Vaccination in Bombay 1924-1928 - 1924-1928
Year: 1924
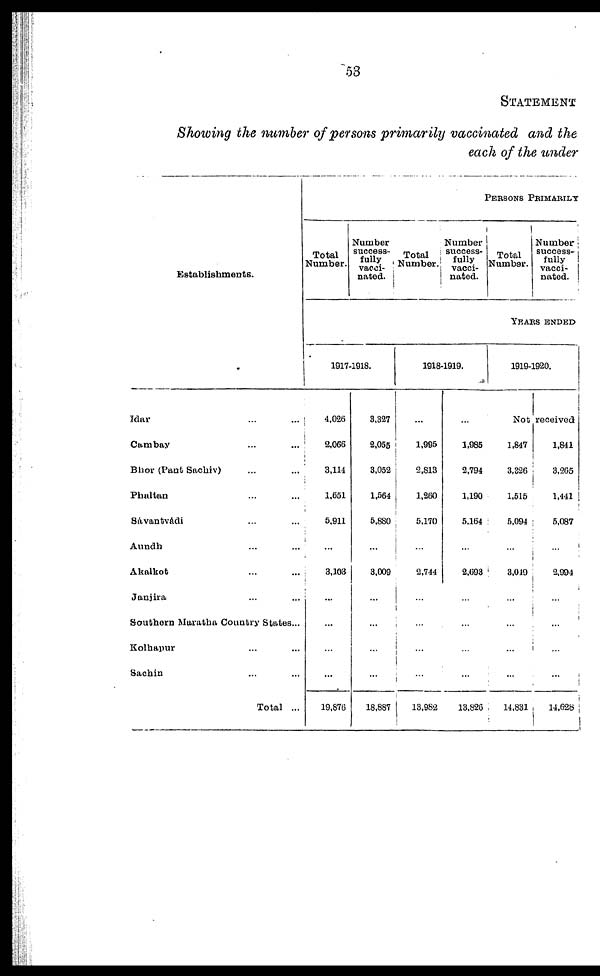
53
STATEMENT
Showing the number of persons primarily vaccinated and the
each of the under
Establishments.
Idar ... ...
Cambay ... ...
Bhor (Pant Sachiv) ... ...
Phaltan ... ...
Sávantvádi ... ...
Aundh ... ...
Akalkot ... ...
Janjira ... ...
Southern Maratha Country States...
Kolhapur ... ...
Sachin ... ...
Total ...
PERSONS PRIMARILY
Total
Number.
Number
success-
fully
vacci¬
nated.
Total
Number.
Number
success-
fully
vacci-
nated.
Total
Number.
Number
success¬
fully
vacci¬
nated.
YEARS ENDED
1917-1918.
4,026
2,066
3,114
1,651
5,911
...
3,103
...
...
...
...
19,876
3,327
2,055
3,052
1,564
5,880
...
3,009
...
...
...
...
18,887
1918-1919.
...
1,995
2,813
1,260
5,170
...
2,744
...
...
...
...
13,982
...
1,985
2,794
1,190
5,164
...
2,693
...
...
...
...
13,826
1919-1920.
Not received
1,847
3,326
1,515
5,094
...
3,049
...
...
...
...
14,831
1,841
3,265
1,441
5,087
...
2,994
...
...
...
...
14,628